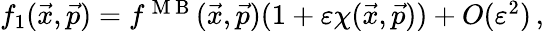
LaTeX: \begin{array}{r}{f_{1}(\vec{x},\vec{p})=f^{\mathrm{~M~B~}}(\vec{x},\vec{p})(1+\varepsilon\chi(\vec{x},\vec{p}))+O(\varepsilon^{2})\, ,}\end{array}